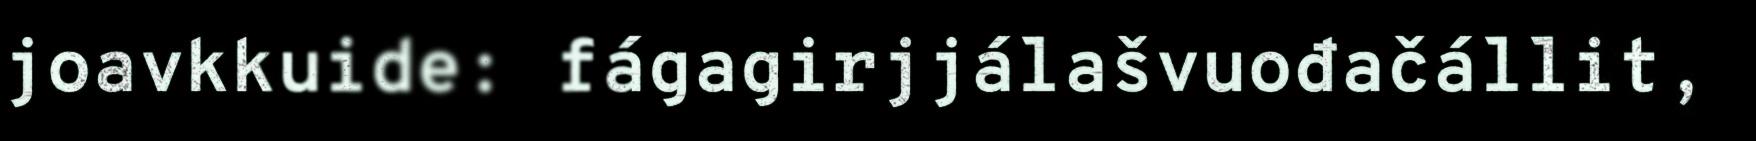
joavkkuide: fágagirjjálašvuođačállit,